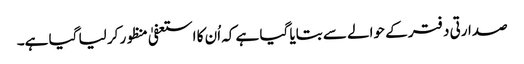
صدارتی دفتر کے حوالے سے بتایا گیا ہے کہ اُن کا استعفیٰ منظور کر لیا گیا ہے۔